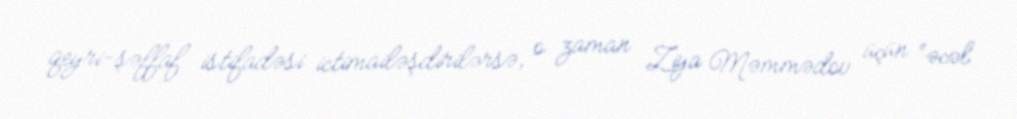
qeyri-şəffaf istifadəsi ictimailəşdirilərsə, o zaman Ziya Məmmədov üçün “əcəl